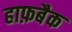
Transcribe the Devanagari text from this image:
हाफ़बैक